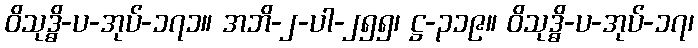
ဝိသုဒ္ဓိ-ပ-အုပ်-၁၇၁။ အဘိ-၂-ပါ-၂၅၅၊ ဋ္ဌ-၃၁၉။ ဝိသုဒ္ဓိ-ပ-အုပ်-၁၇၊